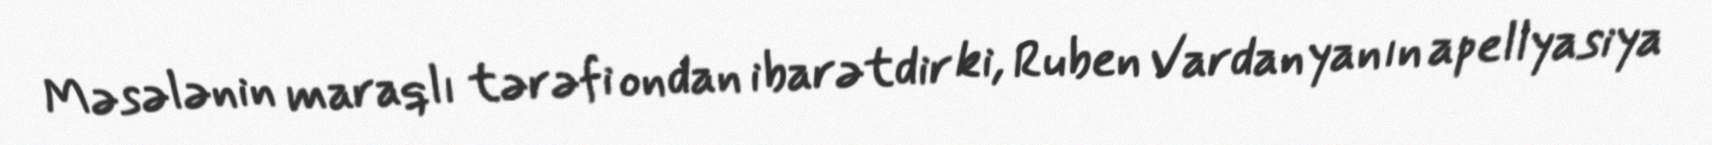
Məsələnin maraqlı tərəfi ondan ibarətdir ki, Ruben Vardanyanın apellyasiya